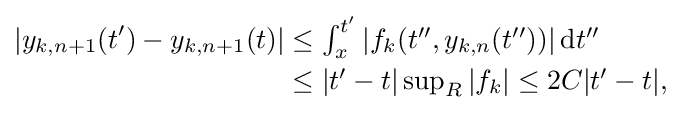
{\begin{aligned}|y_{k,n+1}(t')-y_{k,n+1}(t)|&\leq \textstyle \int _{x}^{t'}|f_{k}(t'',y_{k,n}(t''))|\,\mathrm {d} t''\\&\textstyle \leq |t'-t|\sup _{R}|f_{k}|\leq 2C|t'-t|,\end{aligned}}